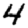
Digit: 4